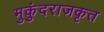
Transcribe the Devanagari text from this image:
मुकुंदराजकृत